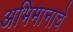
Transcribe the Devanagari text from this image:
अभिमानाचे